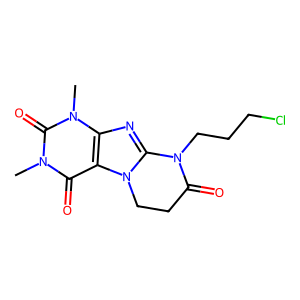
SMILES: Cn1c(=O)c2c(nc3n2CCC(=O)N3CCCCl)n(C)c1=O
Inhibits HIV replication: No